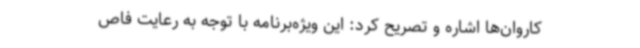
کاروان‌ها اشاره و تصریح کرد: این ویژه‌برنامه با توجه به رعایت فاص